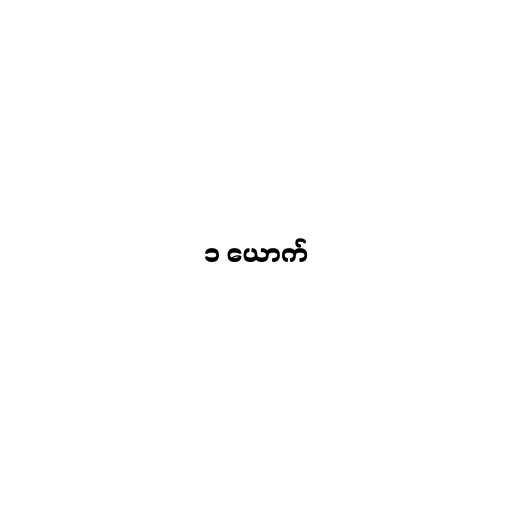
၁ ယောက်